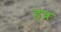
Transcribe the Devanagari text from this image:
हच्न